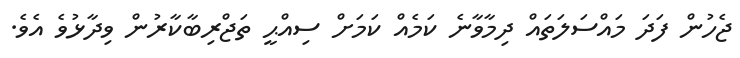
ޖެހުން ފަދަ މައްސަލަތައް ދިމާވާނެ ކަމެއް ކަމަށް ސިއްޙީ ތަޖްރިބާކާރުން ވިދާޅުވެ އެވެ.